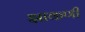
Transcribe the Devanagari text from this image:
झाकणी